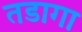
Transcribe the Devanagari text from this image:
तडागा